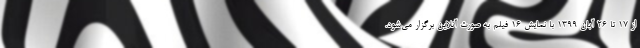
از ۱۷ تا ۲۶ آبان ۱۳۹۹ با نمایش ۱۶ فیلم به صورت آنلاین برگزار می‌شود.